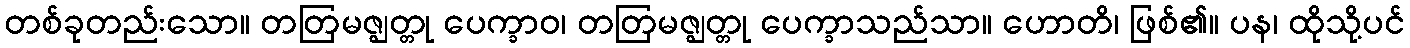
တစ်ခုတည်းသော။ တတြမဇ္ဈတ္တု ပေက္ခာဝ၊ တတြမဇ္ဈတ္တု ပေက္ခာသည်သာ။ ဟောတိ၊ ဖြစ်၏။ ပန၊ ထိုသို့ပင်